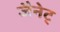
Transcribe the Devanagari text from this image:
जैनेट्